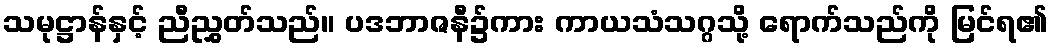
သမုဋ္ဌာန်နှင့် ညီညွှတ်သည်။ ပဒဘာဇနီ၌ကား ကာယသံသဂ္ဂသို့ ရောက်သည်ကို မြင်ရ၏